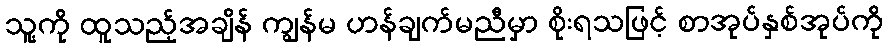
သူ့ကို ထူသည့်အချိန် ကျွန်မ ဟန်ချက်မညီမှာ စိုးရသဖြင့် စာအုပ်နှစ်အုပ်ကို